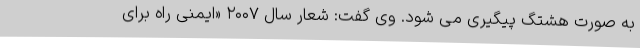
به صورت هشتگ پیگیری می شود. وی گفت: شعار سال ۲۰۰۷ «ایمنی راه برای